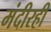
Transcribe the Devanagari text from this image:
मंदीरही